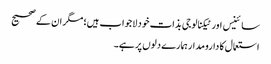
سائینس اور ٹیکنالوجی بذات خود لاجواب ہیں؛ مگر ان کے صحیح
استعمال کا دارومدار ہمارے دلوں پر ہے۔